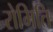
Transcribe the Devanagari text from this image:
रोमिति